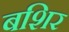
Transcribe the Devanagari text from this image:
बशिर